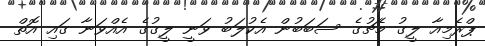
ޕްރެމިއާ ލީގު މެޗުގެ ސަބަބުން އެކުލަބު ވަނީ ލީގުގެ އެއްވަނާ ގައި އޮތް